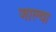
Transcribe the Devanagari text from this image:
जाल्वा